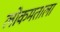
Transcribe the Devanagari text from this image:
लोकमताला